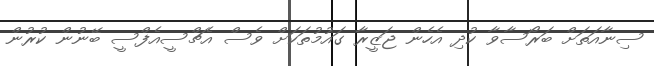
ސިނާއަތަށް ބަރޯސާވާ ކުދި އެހެން ޖަޒީރާ ގައުމުތަކަށް ވެސް އެޗްސީއެފްސީ ބޭނުން ކުރުން